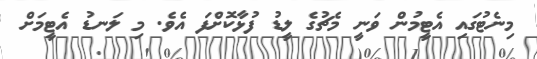
މިނެޓުގައި އެޓީމުން ވަނީ މެޗުގެ ލީޑު ފުޅާކޮށްފަ އެވެ. މި ލަނޑު އެޓީމަށް